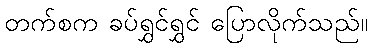
တက်စက ခပ်ရွှင်ရွှင် ပြောလိုက်သည်။